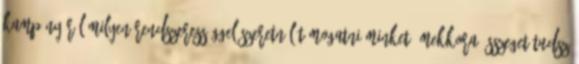
kampányáról Milyen rendszerességgel szeretnél támogatni minket? Mekkora összeget tudsz